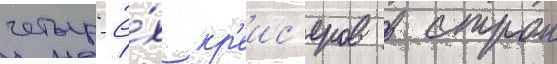
четыр'ё́х кр'еис'еров в строи